Annual report of the Punjab Veterinary College and of the Civil Veterinary Department, Punjab - 1920-1925
Year: 1920
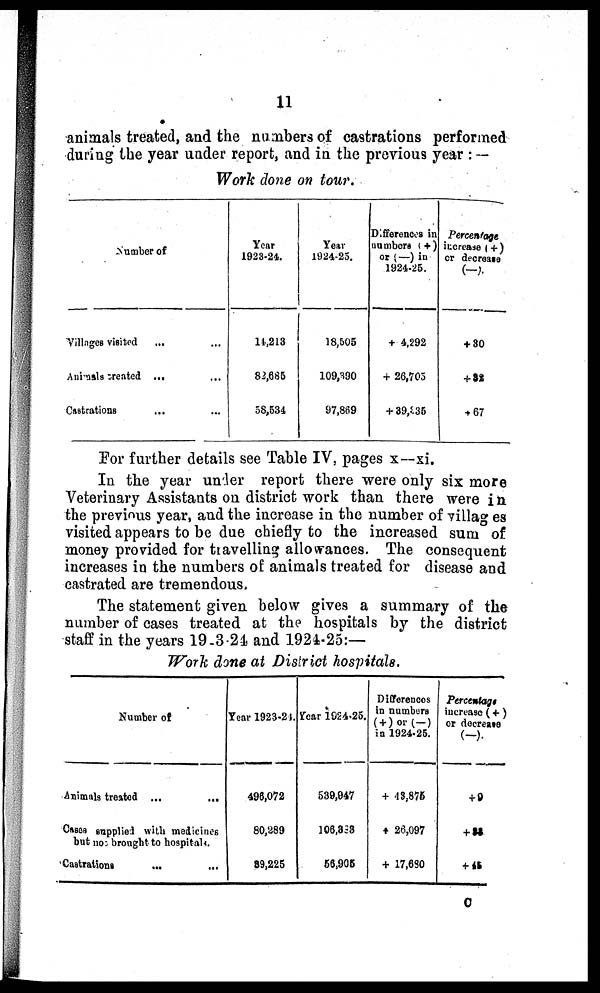
11
animals treated, and the numbers of castrations performed
during the year under report, and in the previous year:—
Work done on tour.
Villages visited ... ...
Animals created ... ...
Castrations
... ...
Year
1923-24.
14,213
82,685
58,534
Year
1924-25.
18,505
109,390
97,869
Differences in
numbers (+)
or (—) in
1924-25.
+ 4,292
+ 26,705
+ 39,335
Percentage
increase (+)
or decrease
(—).
+ 30
+ 82
+ 67
For further details see Table IV, pages x—xi.
In the year under report there were only six more
Veterinary Assistants on district work than there were in
the previous year, and the increase in the number of villag es
visited appears to be due chiefly to the increased sum of
money provided for travelling allowances. The consequent
increases in the numbers of animals treated for disease and
castrated are tremendous.
The statement given below gives a summary of the
number of cases treated at the hospitals by the district
staff in the years 19-3.24 and 1924-25:—
Work done at District hospitals.
Number of
Animals treated ...
...
Cases supplied with medicines
but not brought to hospitals.
Castrations
...
...
Year 1923-24.
496,072
80,289
89,225
Year 1924-25.
539,947
106,338
56,905
Differences
in numbers
(+) or (—)
in 1924-25.
+ 48,875
+ 26,097
+ 17,630
Percentage
increase (+)
or decrease
(—).
+ 9
+ 33
+ 45
C